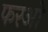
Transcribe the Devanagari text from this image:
फरओ